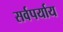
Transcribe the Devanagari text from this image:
सर्वपर्याय